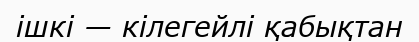
ішкі — кілегейлі қабықтан